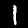
Label: 1